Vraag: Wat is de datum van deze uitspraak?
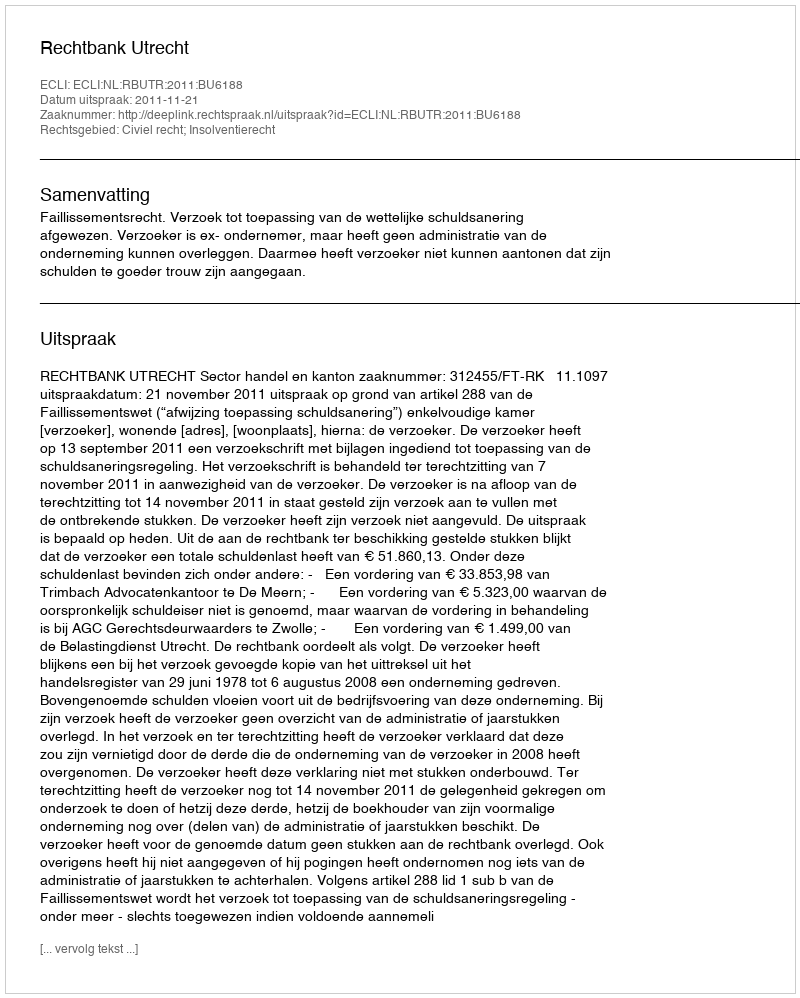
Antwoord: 2011-11-21